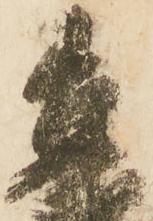
善